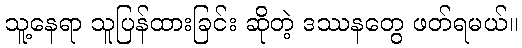
သူ့နေရာ သူပြန်ထားခြင်း ဆိုတဲ့ ဒဿနတွေ ဖတ်ရမယ်။